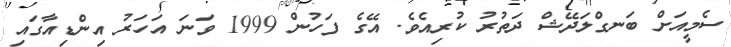
ސެމީއަށް ބަނގްލަދޭޝް ދަތުރު ކުރިއެވެ. އޭގެ ފަހުން 1999 ވަނަ އަހަރު އިންޑިއާގައި